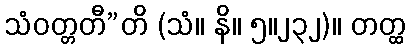
သံဝတ္တတီ”တိ (သံ။ နိ။ ၅။၂၃၂)။ တတ္ထ